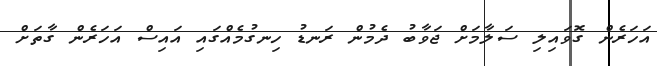
އަހަރެން ގޮވައިލި ސަލާމަށް ޖަވާބު ދެމުން ރަނޑު ހިނގުމެއްގައި އައިސް އަހަރެން ގާތަށް